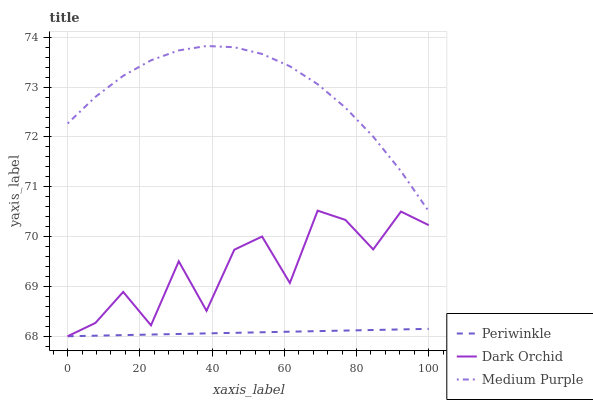
| xaxis_label | Periwinkle | Dark Orchid | Medium Purple |
 | --- | --- | --- | --- |
 | 0 | 68 | 68 | 72.3 |
 | 7.69 | 68 | 68.3 | 72.8 |
 | 15.4 | 68 | 68.9 | 73.2 |
 | 23.1 | 68 | 68.2 | 73.5 |
 | 30.8 | 68 | 69.5 | 73.7 |
 | 38.5 | 68.1 | 68.5 | 73.8 |
 | 46.2 | 68.1 | 69.7 | 73.8 |
 | 53.8 | 68.1 | 70 | 73.7 |
 | 61.5 | 68.1 | 69.1 | 73.4 |
 | 69.2 | 68.1 | 70.5 | 73.1 |
 | 76.9 | 68.1 | 70.3 | 72.6 |
 | 84.6 | 68.1 | 69.7 | 72 |
 | 92.3 | 68.1 | 70.5 | 71.3 |
 | 100 | 68.1 | 70.2 | 70.5 |